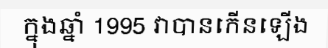
ក្នុងឆ្នាំ 1995 វាបានកើនឡើង